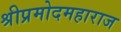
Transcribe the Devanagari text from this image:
श्रीप्रमोदमहाराज